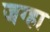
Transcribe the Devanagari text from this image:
जग्हा